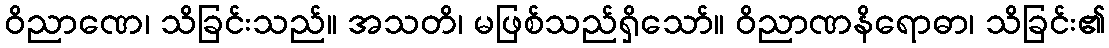
ဝိညာဏေ၊ သိခြင်းသည်။ အသတိ၊ မဖြစ်သည်ရှိသော်။ ဝိညာဏနိရောဓာ၊ သိခြင်း၏